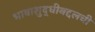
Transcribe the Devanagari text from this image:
भाषाशुद्धीबद्दलची